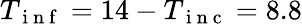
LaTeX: T_{\mathrm{~i~n~f~}}=14-T_{\mathrm{~i~n~c~}}=8.8